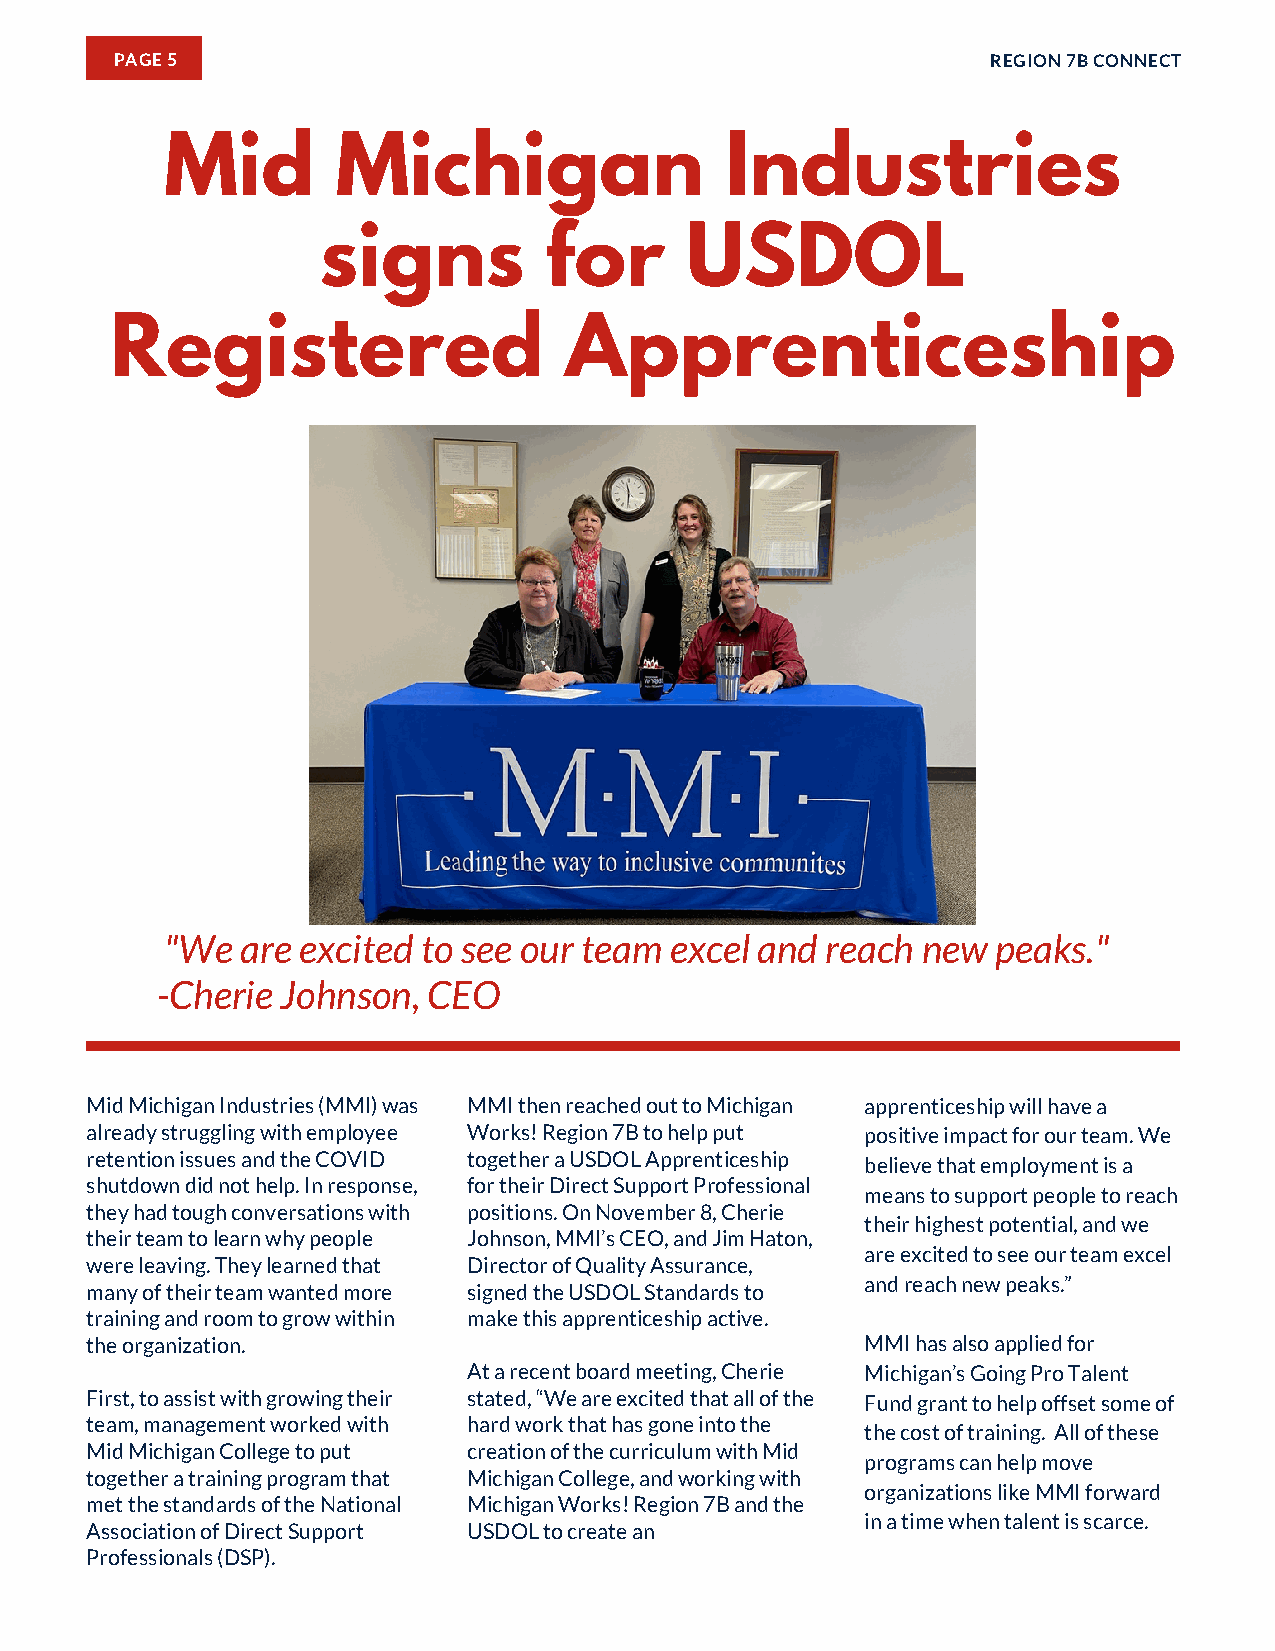
PAGE 5                                                    REGION 7B CONNECT
 Mid        Michigan                  Industries
 signs          for      USDOL
 Registered                    Apprenticeship
 "We  are excited to see our team excel and  reach new  peaks."
 -Cherie  Johnson, CEO
 Mid Michigan Industries (MMI) was MMI then reached out to Michigan apprenticeship will have a
 already struggling with employee Works! Region 7B to help put positive impact for our team. We
 retention issues and the COVID together a USDOL Apprenticeship
 believe that employment is a
 shutdown did not help. In response, for their Direct Support Professional
 means to support people to reach
 they had tough conversations with positions. On November 8, Cherie
 their highest potential, and we
 their team to learn why people Johnson, MMI’s CEO, and Jim Haton,
 are excited to see our team excel
 were leaving. They learned that Director of Quality Assurance,
 and reach new peaks.”
 many of their team wanted more signed the USDOL Standards to
 training and room to grow within make this apprenticeship active.
 the organization.                                  MMI has also applied for
 At a recent board meeting, Cherie Michigan’s Going Pro Talent
 First, to assist with growing their stated, “We are excited that all of the Fund grant to help offset some of
 team, management worked with hard work that has gone into the
 the cost of training. All of these
 Mid Michigan College to put creation of the curriculum with Mid
 programs can help move
 together a training program that Michigan College, and working with
 organizations like MMI forward
 met the standards of the National Michigan Works! Region 7B and the
 in a time when talent is scarce.
 Association of Direct Support USDOL to create an
 Professionals (DSP).